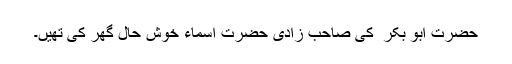
حضرت ابو بکر ؓ کی صاحب زادی حضرت اسماءؓ خوش حال گھر کی تھیں۔